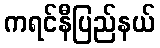
ကရင်နီပြည်နယ်